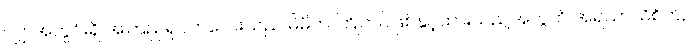
လျှာအတွင်းရှိ အကြည်ရုပ်ကလေးသည် မိမိက ကြိုတင်ဖြစ်နှင့်ထားသည့်အတွက် အရသာသိစိတ်,